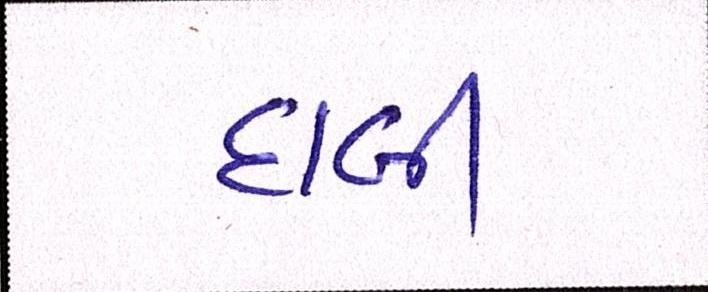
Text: દાબી